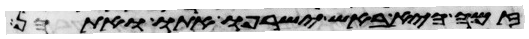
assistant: זמה היא באש ישרפו אתו ואתהן